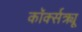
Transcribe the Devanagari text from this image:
कॉर्क्सक्र्यू